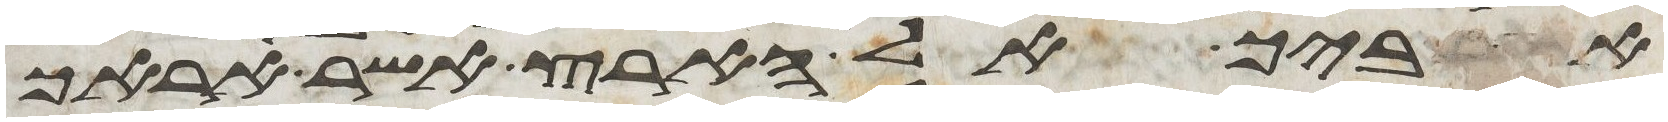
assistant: אביך אל הארץ אשר אראך